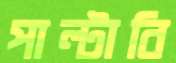
পাল্‌টাবি